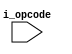
module decoder (
    input wire [7:0] i_opcode
);
    wire [3:0] ophi = i_opcode[7:4];
    wire [3:0] oplo = i_opcode[3:0];

    wire op_ora = (ophi[3:1] == 3'b000) && (oplo[1:0] == 2'b01);
    wire op_and = (ophi[3:1] == 3'b001) && (oplo[1:0] == 2'b01);
    wire op_eor = (ophi[3:1] == 3'b010) && (oplo[1:0] == 2'b01);
    wire op_adc = (ophi[3:1] == 3'b011) && (oplo[1:0] == 2'b01);
    wire op_sta = (ophi[3:1] == 3'b100) && (oplo[1:0] == 2'b01);
    wire op_lda = (ophi[3:1] == 3'b101) && (oplo[1:0] == 2'b01);
    wire op_cmp = (ophi[3:1] == 3'b110) && (oplo[1:0] == 2'b01);
    wire op_sbc = (ophi[3:1] == 3'b111) && (oplo[1:0] == 2'b01);

    wire op_asl = ((ophi[3:1] == 3'b000) && (oplo[2:0] == 2'b110)) || (i_opcode == 8'h0a);
    wire op_rol = ((ophi[3:1] == 3'b000) && (oplo[2:0] == 2'b110)) || (i_opcode == 8'h2a);
    wire op_lsr = ((ophi[3:1] == 3'b000) && (oplo[2:0] == 2'b110)) || (i_opcode == 8'h4a);
    wire op_ror = ((ophi[3:1] == 3'b000) && (oplo[2:0] == 2'b110)) || (i_opcode == 8'h6a);
    wire op_stx = (ophi[3:1] == 3'b000) && (oplo[2:0] == 2'b110);
    wire op_ldx = (ophi[3:1] == 3'b000) && (oplo[2:0] == 2'b110);
    wire op_dec = (ophi[3:1] == 3'b000) && (oplo[2:0] == 2'b110);
    wire op_inc = (ophi[3:1] == 3'b000) && (oplo[2:0] == 2'b110);
endmodule